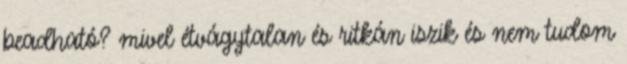
beadható? mivel étvágytalan és ritkán iszik és nem tudom